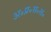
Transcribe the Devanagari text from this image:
अ॰प्र॰स॰स॰